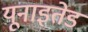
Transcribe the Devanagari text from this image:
यूनाइतेड